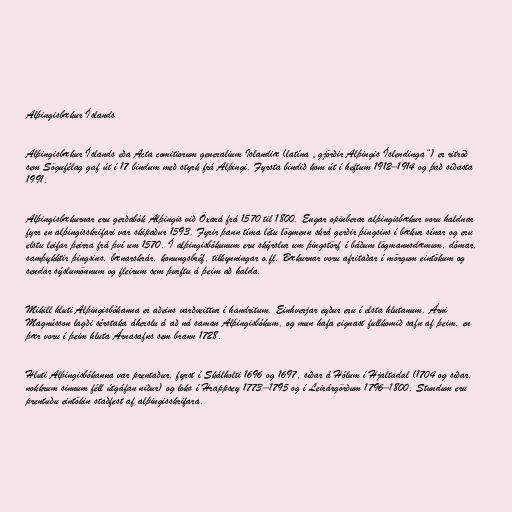
Alþingisbækur Íslands

Alþingisbækur Íslands eða Acta comitiorum generalium Islandiæ (latína „gjörðir Alþingis Íslendinga“) er ritröð
sem Sögufélag gaf út í 17 bindum með styrk frá Alþingi. Fyrsta bindið kom út í heftum 1912–1914 og það síðasta
1991.

Alþingisbækurnar eru gerðabók Alþingis við Öxará frá 1570 til 1800. Engar opinberar alþingisbækur voru haldnar
fyrr en alþingisskrifari var skipaður 1593. Fyrir þann tíma létu lögmenn skrá gerðir þingsins í bækur sínar og eru
elstu leifar þeirra frá því um 1570. Í alþingisbókunum eru skýrslur um þingstörf í báðum lögmannsdæmum, dómar,
samþykktir þingsins, bænarskrár, konungsbréf, tilkynningar o.fl. Bækurnar voru afritaðar í mörgum eintökum og
sendar sýslumönnum og fleirum sem þurftu á þeim að halda.

Mikill hluti Alþingisbókanna er aðeins varðveittur í handritum. Einhverjar eyður eru í elsta hlutanum. Árni
Magnússon lagði sérstaka áherslu á að ná saman Alþingisbókum, og mun hafa eignast fullkomið safn af þeim, en
þær voru í þeim hluta Árnasafns sem brann 1728.

Hluti Alþingisbókanna var prentaður, fyrst í Skálholti 1696 og 1697, síðar á Hólum í Hjaltadal (1704 og síðar,
nokkrum sinnum féll útgáfan niður) og loks í Hrappsey 1773–1795 og í Leirárgörðum 1796–1800. Stundum eru
prentuðu eintökin staðfest af alþingisskrifara.